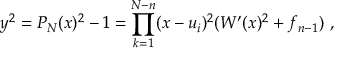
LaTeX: y ^ { 2 } = P _ { N } ( x ) ^ { 2 } - 1 = \prod _ { k = 1 } ^ { N - n } ( x - u _ { i } ) ^ { 2 } ( W ^ { \prime } ( x ) ^ { 2 } + f _ { n - 1 } ) \ ,